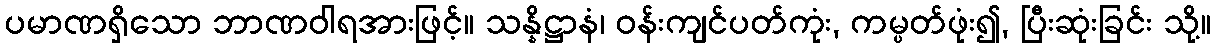
ပမာဏရှိသော ဘာဏဝါရအားဖြင့်။ သန္နိဋ္ဌာနံ၊ ဝန်းကျင်ပတ်ကုံး, ကမ္ပတ်ဖုံး၍, ပြီးဆုံးခြင်း သို့။